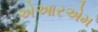
એઆરએમ